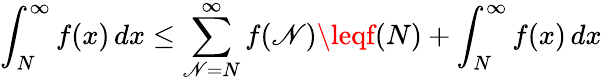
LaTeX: \int_{N}^{\infty}f(x)\, dx\leq\sum_{\mathscr{N}=N}^{\infty}f(\mathscr{N})\leqf(N)+\int_{N}^{\infty}f(x)\, dx